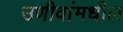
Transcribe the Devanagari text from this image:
उणीवांमधील